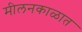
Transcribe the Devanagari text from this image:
मीलनकाळात